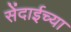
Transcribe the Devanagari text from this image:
सेंदाईच्या